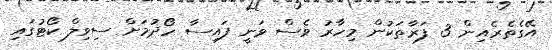
އޭގެތެރެއިން 3 ފަރާތަކުން މިހާރު ވެސް ވަނީ ފައިސާ ހޯދުމަށް ސިވިލް ކޯޓުގައި